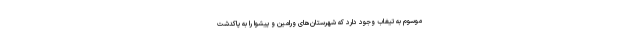
موسوم به تیغاب وجود دارد که شهرستان‌های ورامین و پیشوا را به پاکدشت